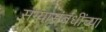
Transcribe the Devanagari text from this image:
सग्यासंबंधींच्या